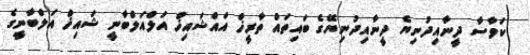
ކަވާސާ ދީނާއިދުނިޔެ ދީނާއިދުނިޔޭގެ ބައިތައް ތާރީޚް އައްޝައިޚް އަލްއަލްބާނީ ޝައިޚް އަލްބާނީގެ